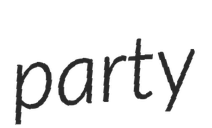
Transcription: party